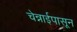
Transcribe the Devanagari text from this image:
चेन्नाईपासून